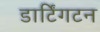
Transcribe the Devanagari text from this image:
डार्टिंगटन